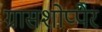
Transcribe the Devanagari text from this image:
ग्रासशोप्पेर